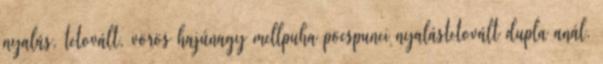
nyalás, tetovált, vörös hajúnagy mellpuha pöcspunci nyalástetovált dupla anál,